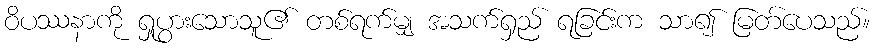
ဝိပဿနာကို ရှုပွားသောသူ၏ တစ်ရက်မျှ အသက်ရှည် ရခြင်းက သာ၍ မြတ်ပေသည်။